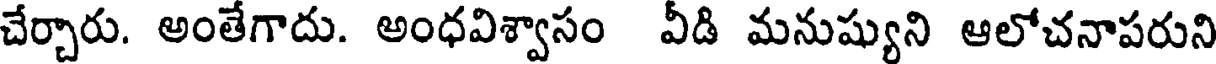
చేర్చారు. అంతేగాదు. అంధవిశ్వాసం వీడి మనుష్యుని ఆలోచనాపరుని